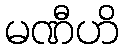
မဏီဟိ